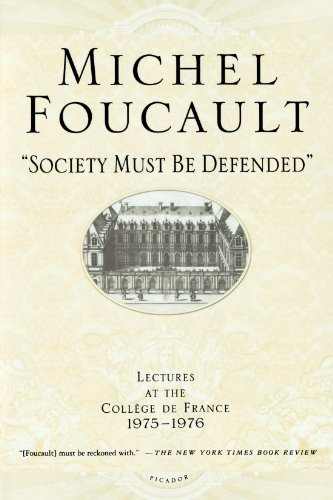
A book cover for "Society Must Be Defended": Lectures at the CollÃ¨ge de France, 1975-1976; Michel Foucault; Politics & Social Sciences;